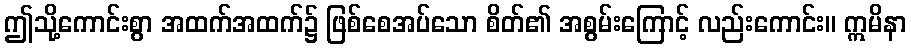
ဤသို့ကောင်းစွာ အထက်အထက်၌ ဖြစ်စေအပ်သော စိတ်၏ အစွမ်းကြောင့် လည်းကောင်း။ ဣမိနာ